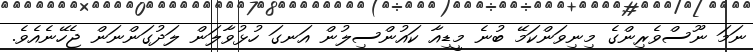
ނަމަ ނޫސްވެރިންގެ މިނިވަންކަމޭ ބުނެ މީޑިއާ ކައުންސިލުން އަނގަ ހުޅުވާލަން ލަދުގަންނަން ޖެހޭނެއެވެ.